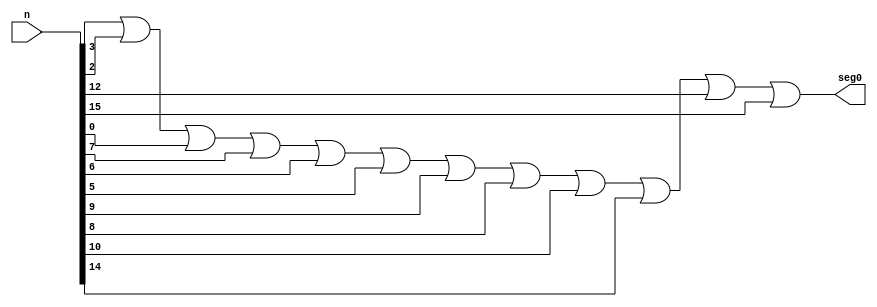
// Copyright (C) 2018  Intel Corporation. All rights reserved.
// Your use of Intel Corporation's design tools, logic functions 
// and other software and tools, and its AMPP partner logic 
// functions, and any output files from any of the foregoing 
// (including device programming or simulation files), and any 
// associated documentation or information are expressly subject 
// to the terms and conditions of the Intel Program License 
// Subscription Agreement, the Intel Quartus Prime License Agreement,
// the Intel FPGA IP License Agreement, or other applicable license
// agreement, including, without limitation, that your use is for
// the sole purpose of programming logic devices manufactured by
// Intel and sold by Intel or its authorized distributors.  Please
// refer to the applicable agreement for further details.

// PROGRAM		"Quartus Prime"
// VERSION		"Version 18.0.0 Build 614 04/24/2018 SJ Lite Edition"
// CREATED		"Fri Oct 25 19:01:09 2019"

module seg0(
	n,
	seg0
);


input wire	[15:0] n;
output wire	seg0;





assign	seg0 = n[3] | n[2] | n[0] | n[7] | n[6] | n[5] | n[9] | n[8] | n[10] | n[14] | n[12] | n[15];


endmodule